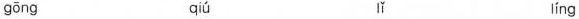
gōng qíu lí líng